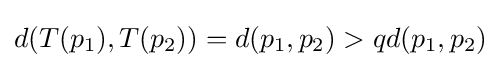
d(T(p_{1}),T(p_{2}))=d(p_{1},p_{2})>qd(p_{1},p_{2})